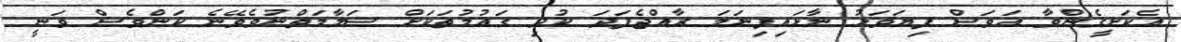
އެކަށީގެންވާ އަވަސް ފިޔަވަޅު ނާޅައިފިނަމަ ރާއްޖެފަދަ ކުދި ގައުމުތަކަށް ސަލާމަތްނުވެވޭނެ ކަންވެސް ވަނީ